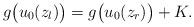
LaTeX: \begin{align*}g\big(u_0(z_l)\big) = g\big(u_0(z_r)\big) + K.\end{align*}